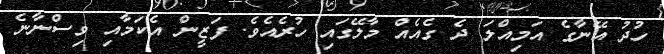
ހުދު އޭނާގެ އަމިއްލަ ދެ ގެއެއް މާލޭގައި ހުރެއެވެ. ފަޒީން އެކަމާއި ވިސްނާނެ